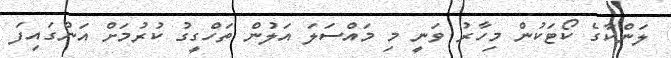
ލަންކާގެ ކޯޓަކުން މިހާރު ވަނީ މި މައްސަލަ އަލުން ތަހްގީގު ކުރުމަށް އަންގައިފަ